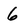
Character: 6